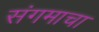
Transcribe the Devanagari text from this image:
संगमाचा